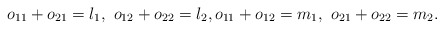
\begin{align*}o_{11}+o_{21}=l_1, \,\, o_{12}+o_{22}=l_2, o_{11}+o_{12}=m_1,\,\, o_{21}+o_{22}=m_2. \end{align*}